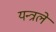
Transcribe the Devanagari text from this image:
यन्त्रले